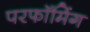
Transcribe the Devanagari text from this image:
परफॉमिंग